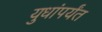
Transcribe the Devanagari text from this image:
युधांपर्यंत